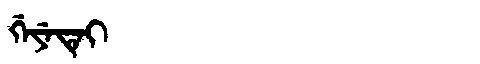
Manchu: ᡤᡝᠶᡝᡨᡝᡳ
Romanization: GEYETEI